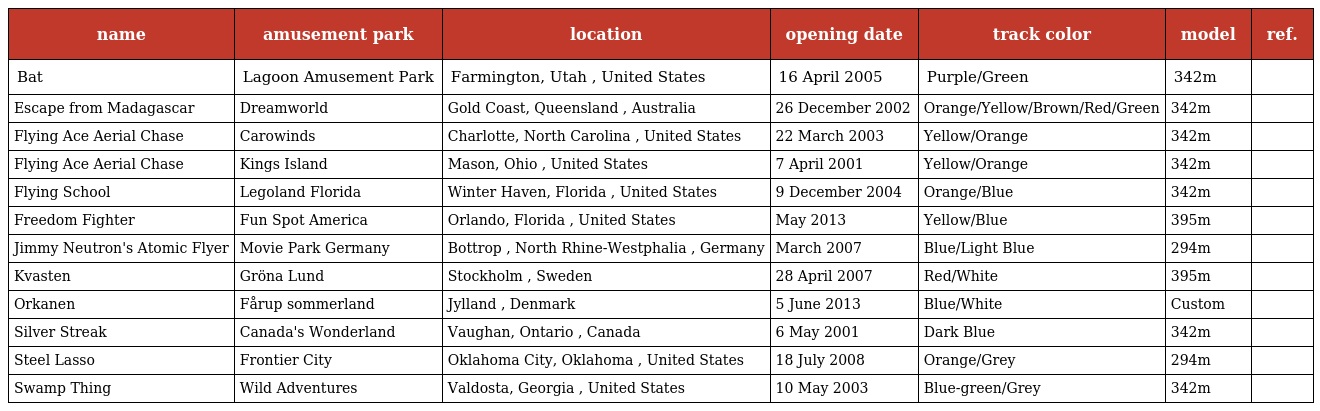
| name | amusement park | location | opening date | track color | model | ref. |
 | --- | --- | --- | --- | --- | --- | --- |
 | Bat | Lagoon Amusement Park | Farmington, Utah , United States | 16 April 2005 | Purple/Green | 342m |  |
 | Escape from Madagascar | Dreamworld | Gold Coast, Queensland , Australia | 26 December 2002 | Orange/Yellow/Brown/Red/Green | 342m |  |
 | Flying Ace Aerial Chase | Carowinds | Charlotte, North Carolina , United States | 22 March 2003 | Yellow/Orange | 342m |  |
 | Flying Ace Aerial Chase | Kings Island | Mason, Ohio , United States | 7 April 2001 | Yellow/Orange | 342m |  |
 | Flying School | Legoland Florida | Winter Haven, Florida , United States | 9 December 2004 | Orange/Blue | 342m |  |
 | Freedom Fighter | Fun Spot America | Orlando, Florida , United States | May 2013 | Yellow/Blue | 395m |  |
 | Jimmy Neutron's Atomic Flyer | Movie Park Germany | Bottrop , North Rhine-Westphalia , Germany | March 2007 | Blue/Light Blue | 294m |  |
 | Kvasten | Gröna Lund | Stockholm , Sweden | 28 April 2007 | Red/White | 395m |  |
 | Orkanen | Fårup sommerland | Jylland , Denmark | 5 June 2013 | Blue/White | Custom |  |
 | Silver Streak | Canada's Wonderland | Vaughan, Ontario , Canada | 6 May 2001 | Dark Blue | 342m |  |
 | Steel Lasso | Frontier City | Oklahoma City, Oklahoma , United States | 18 July 2008 | Orange/Grey | 294m |  |
 | Swamp Thing | Wild Adventures | Valdosta, Georgia , United States | 10 May 2003 | Blue-green/Grey | 342m |  |